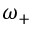
\omega _ { + }